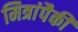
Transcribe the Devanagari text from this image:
मित्रांपैकी